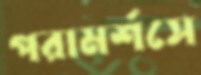
পরামর্শসে